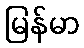
မြန်မာ